Medical and sanitary report on the native army of Bombay for the year
Year: 1879
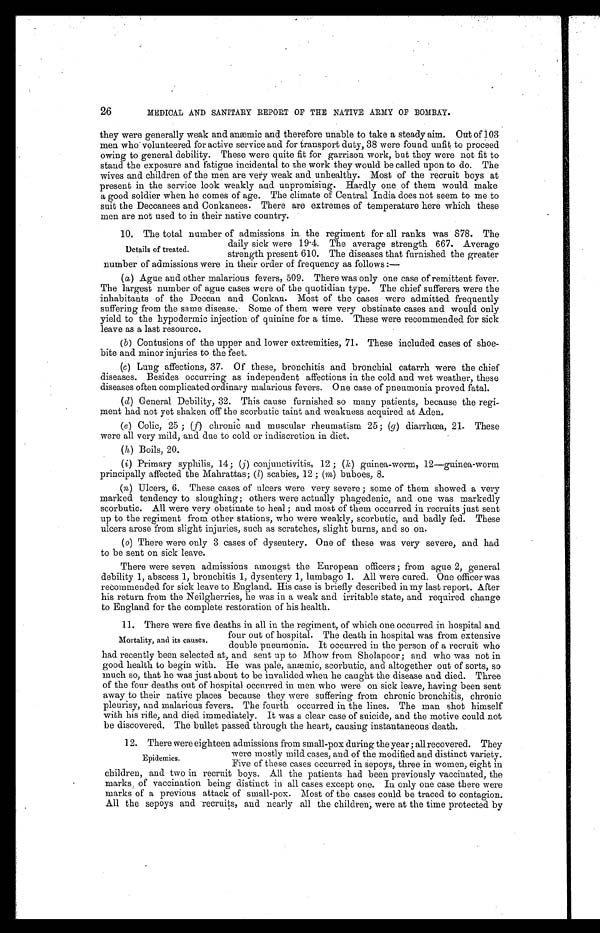
26
MEDICAL AND SANITARY REPORT OF THE NATIVE ARMY OF BOMBAY.
they were generally weak and anæmic and therefore unable to take a steady aim. Out of 103
men who volunteered for active service and for transport duty, 38 were found unfit to proceed
owing to general debility. These were quite fit for garrison work, but they were not fit to
stand the exposure and fatigue incidental to the work they would be called upon to do. The
wives and children of the men are very weak and unhealthy. Most of the recruit boys at
present in the service look weakly and unpromising. Hardly one of them would make
a good soldier when he comes of age. The climate of Central India does not seem to me to
suit the Deccanees and Conkanees. There are extremes of temperature here which these
men are not used to in their native country.
10. The total number of admissions in the regiment for all ranks was 878. The
daily sick were 19.4. The average strength 667. Average
strength present 610. The diseases that furnished the greater
number of admissions were in their order of frequency as follows:
—
(a) Ague and other malarious fevers, 509. There was only one case of remittent fever.
The largest number of ague cases were of the quotidian type. The chief sufferers were the
inhabitants of the Deccan and Conkan. Most of the cases were admitted frequently
suffering from the same disease. Some of them were very obstinate cases and would only
yield to the hypodermic injection of quinine for a time. These were recommended for sick
leave as a last resource.
(b) Contusions of the upper and lower extremities, 71. These included cases of shoe-
bite and minor injuries to the feet.
(c) Lung affections, 37. Of these, bronchitis and bronchial catarrh were the chief
diseases. Besides occurring as independent affections in the cold and wet weather, these
diseases often complicated ordinary malarious fevers. One case of pneumonia proved fatal.
(d) General Debility, 32. This cause furnished so many patients, because the regi-
ment had not yet shaken off the scorbutic taint and weakness acquired at Aden.
(e) Colic, 25; (f) chronic and muscular rheumatism 25; (g) diarrhœa, 21. These
were all very mild, and due to cold or indiscretion in diet.
(h) Boils, 20.
(i) Primary syphilis, 14; (j) conjunctivitis, 12; (k) guinea-worm, 12—guinea-worm
principally affected the Mahrattas; (l) scabies, 12s; (m) buboes, 8.
(n) Ulcers, 6. These cases of ulcers were very severe; some of them showed a very
marked tendency to sloughing; others were actually phagedenic, and one was markedly
scorbutic. All were very obstinate to heal; and most of them occurred in recruits just sent
up to the regiment from other stations, who were weakly, scorbutic, and badly fed. These
ulcers arose from slight injuries, such as scratches, slight burns, and so on.
(o) There were only 3 cases of dysentery. One of these was very severe, and had
to be sent on sick leave.
There were seven admissions amongst the European officers; from ague 2, general
debility 1, abscess 1, bronchitis 1, dysentery 1, lumbago 1. All were cured. One officer was
recommended for sick leave to England. His case is briefly described in my last report. After
his return from the Neilgherries, he was in a weak and irritable state, and required change
to England for the complete restoration of his health.
11. There were five deaths in all in the regiment, of which one occurred in hospital and
four out of hospital. The death in hospital was from extensive
double pneumonia. It occurred in the person of a recruit who
had recently been selected at, and sent up to Mhow from Sholapoor; and who was not in
good health to begin with. He was pale, anæmic, scorbutic, and altogether out of sorts, so
much so, that he was just about to be invalided when he caught the disease and died. Three
of the four deaths out of hospital occurred in men who were on sick leave, having been sent
away to their native places because they were suffering from chronic bronchitis, chronic
pleurisy, and malarious fevers. The fourth occurred in the lines. The man shot himself
with his rifle, and died immediately. It was a clear case of suicide, and the motive could not
be discovered. The bullet passed through the heart, causing instantaneous death.
12. There were eighteen admissions from small-pox during the year; all recovered. They
were mostly mild cases, and of the modified and distinct variety.
Five of these cases occurred in sepoys, three in women, eight in
children, and two in recruit boys. All the patients had been previously vaccinated, the
marks of vaccination being distinct in all cases except one. In only one case there were
marks of a previous attack of small-pox. Most of the cases could be traced to contagion.
All the sepoys and recruits, and nearly all the children; were at the time protected by
Details of treated.
Mortality, and its causes.
Epidemics.